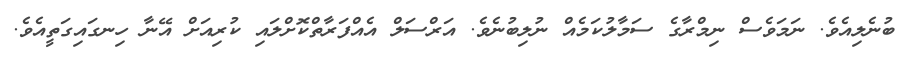
ބުނެލިއެވެ. ނަމަވެސް ނިމްރާގެ ސަމާލުކަމެއް ނުލިބުނެވެ. އަރްސަލް އެއްފަރާތްކޮށްލައި ކުރިއަށް އޭނާ ހިނގައިގަތީއެވެ.